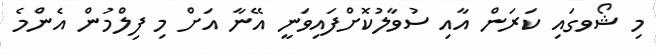
މި ޝޯވގައި ކަރަން އާއި ސުވާލުކޮށްފައިވަނީ އޭނާ އަށް މި ފިލްމުން އެންމެ